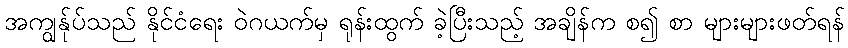
အကျွန်ုပ်သည် နိုင်ငံရေး ဝဲဂယက်မှ ရုန်းထွက် ခဲ့ပြီးသည့် အချိန်က စ၍ စာ များများဖတ်ရန်